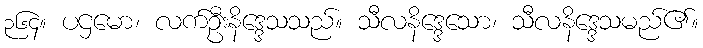
၃၆၄။ ပဌမော၊ လက်ဦးနိဒ္ဒေသသည်။ သီလနိဒ္ဒေသော၊ သီလနိဒ္ဒေသမည်၏။